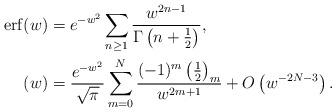
LaTeX: \begin{align*}\operatorname{erf}(w) & = e^{-w^2} \sum_{n\geq 1} \frac{w^{2n-1}}{\Gamma \left(n+\frac{1}{2}\right)}, \\ (w) & = \frac{e^{-w^2}}{\sqrt{\pi}} \sum_{m=0}^N \frac{(-1)^m \left( \frac{1}{2}\right)_m}{w^{2m+1}} + O\left(w^{-2N-3}\right). \end{align*}